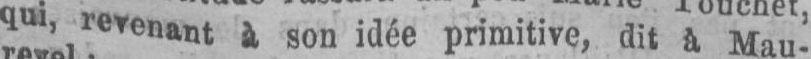
qui, revenant à son idée primitive,dit à Mau-